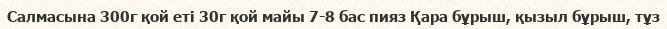
Салмасына 300г қой еті 30г қой майы 7-8 бас пияз Қара бұрыш, қызыл бұрыш, тұз